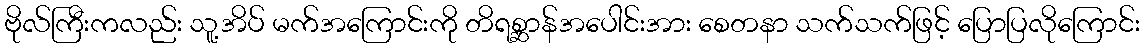
ဗိုလ်ကြီးကလည်း သူ့အိပ် မက်အကြောင်းကို တိရစ္ဆာန်အပေါင်းအား စေတနာ သက်သက်ဖြင့် ပြောပြလိုကြောင်း